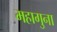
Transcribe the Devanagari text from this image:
महागुना